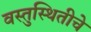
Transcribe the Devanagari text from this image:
वस्तुस्थितीचे